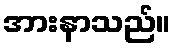
အားနာသည်။